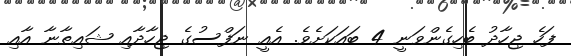
ފަހެ ޖިހާދު ބެހިގެންވަނީ 4 ބައަކަށެވެ. އެއީ ނަފްސުގެ ޖިހާދާއި ޝައިޠާނާ އާއި